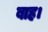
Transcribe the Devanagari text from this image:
बाह।